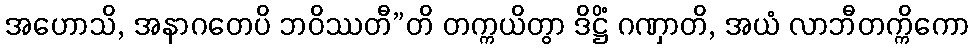
အဟောသိ, အနာဂတေပိ ဘဝိဿတီ”တိ တက္ကယိတွာ ဒိဋ္ဌိံ ဂဏှာတိ, အယံ လာဘီတက္ကိကော